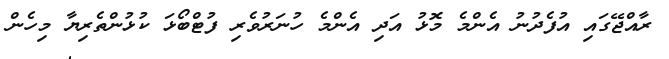
ރާއްޖޭގައި އުފެދުނު އެންމެ މޮޅު އަދި އެންމެ ހުނަރުވެރި ފުޓްބޯޅަ ކުޅުންތެރިޔާ މިހެން